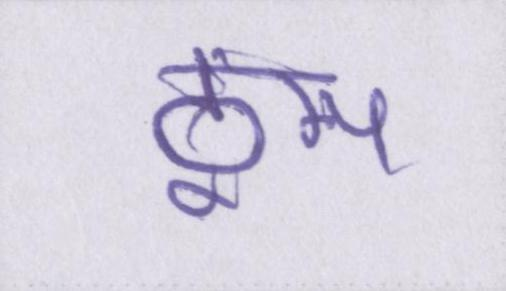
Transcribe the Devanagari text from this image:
ठूंस